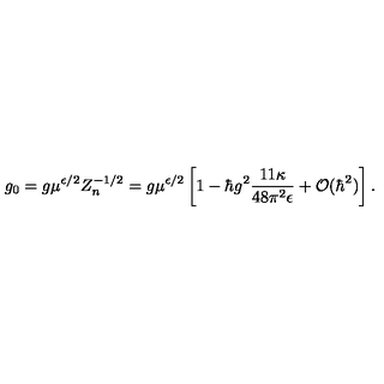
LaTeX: g _ { 0 } = g \mu ^ { \epsilon / 2 } Z _ { n } ^ { - 1 / 2 } = g \mu ^ { \epsilon / 2 } \left[ 1 - \hbar g ^ { 2 } \frac { 1 1 \kappa } { 4 8 \pi ^ { 2 } \epsilon } + { \cal O } ( \hbar ^ { 2 } ) \right] .